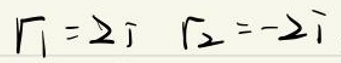
$F _ { 1 } = 2 i \quad F _ { 2 } = - 2 i$